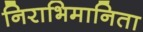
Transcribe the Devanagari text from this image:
निराभिमानिता